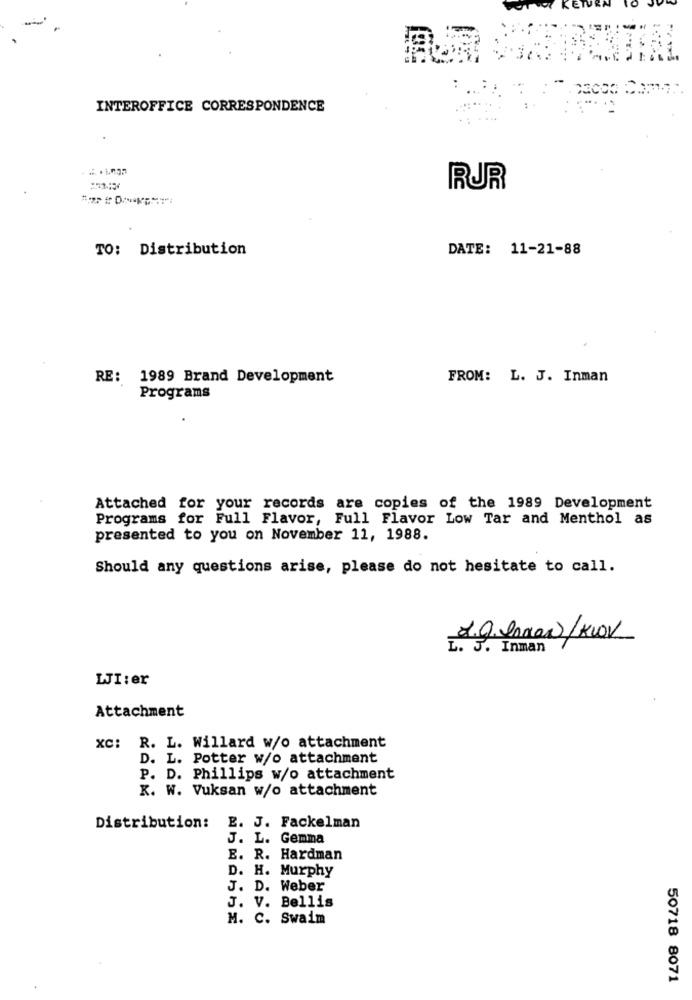
INTEROFFICE CORRESPONDENCE
RUR
TO: Distribution
DATE: 11-21-88
RE: 1989 Brand Development
FROM: L. J. Inman
Programs
Attached for your records are copies of the 1989 Development
Programs for Full Flavor, Full Flavor Low Tar and Menthol as
presented to you on November 11, 1988.
Should any questions arise, please do not hesitate to call.
2.9. howw/KWv
L. J. Inman
LJI:er
Attachment
xc: R. L. Willard w/o attachment
D. L. Potter w/o attachment
P. D. Phillips w/o attachment
K. W. Vuksan w/o attachment
Distribution:
E. J. Fackelman
J. L. Gemma
E. R. Hardman
D. H. Murphy
J. D. Weber
J. V. Bellis
M. C. Swaim
50718 8071